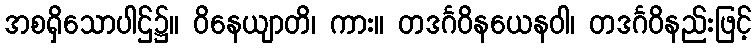
အစရှိသောပါဌ်၌။ ဝိနေယျာတိ၊ ကား။ တဒင်္ဂဝိနယေနဝါ၊ တဒင်္ဂဝိနည်းဖြင့်